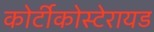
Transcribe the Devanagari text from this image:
कोर्टीकोस्टेरायड